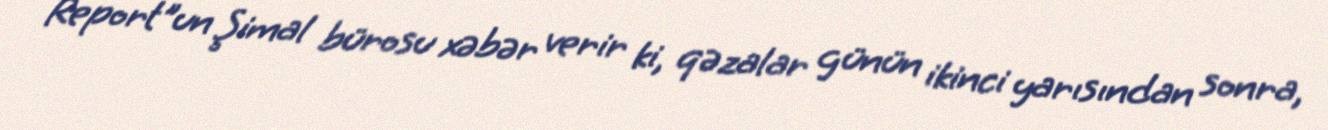
Report"un Şimal bürosu xəbər verir ki, qəzalar günün ikinci yarısından sonra,